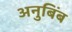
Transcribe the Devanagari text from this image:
अनुबिंब